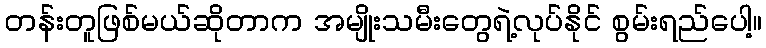
တန်းတူဖြစ်မယ်ဆိုတာက အမျိုးသမီးတွေရဲ့လုပ်နိုင် စွမ်းရည်ပေါ့။